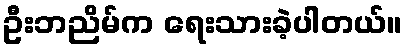
ဦးဘညိမ်က ရေးသားခဲ့ပါတယ်။